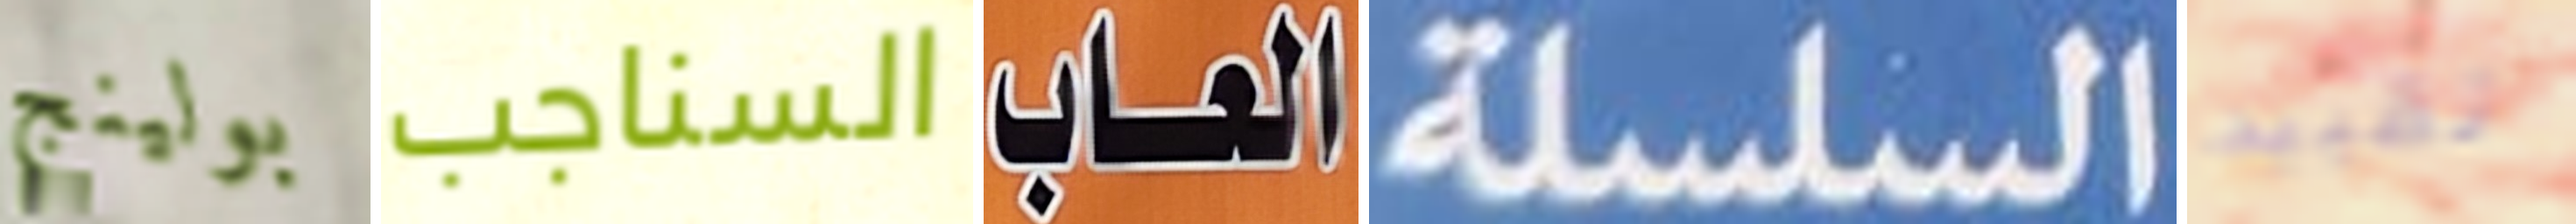
بولينج السناجب العاب السلسلة تقييد